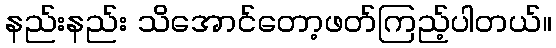
နည်းနည်း သိအောင်တော့ဖတ်ကြည့်ပါတယ်။